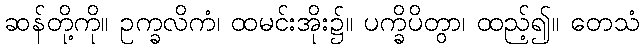
ဆန်တို့ကို။ ဥက္ခလိကံ၊ ထမင်းအိုး၌။ ပက္ခိပိတွာ၊ ထည့်၍။ တေသံ